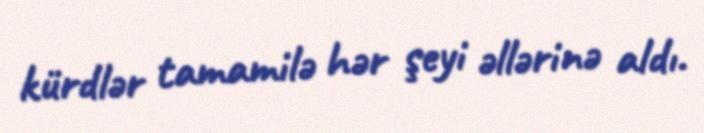
kürdlər tamamilə hər şeyi əllərinə aldı.